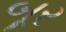
બૂર